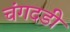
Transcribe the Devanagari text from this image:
चंगदडी